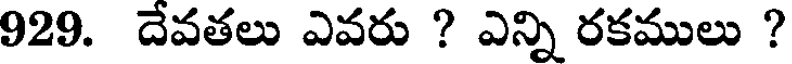
929. దేవతలు ఎవరు ? ఎన్ని రకములు ?